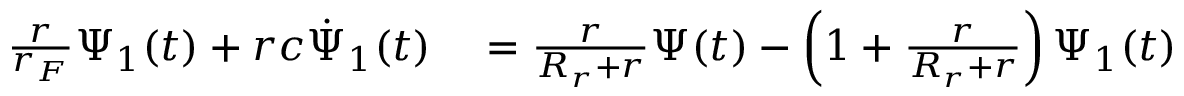
\begin{array} { r l } { \frac { r } { r _ { F } } \Psi _ { 1 } ( t ) + r c \dot { \Psi } _ { 1 } ( t ) } & { { } = \frac { r } { R _ { r } + r } \Psi ( t ) - \left( 1 + \frac { r } { R _ { r } + r } \right) \Psi _ { 1 } ( t ) } \end{array}